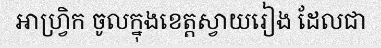
អាហ្វ្រិក ចូលក្នុងខេត្តស្វាយរៀង ដែលជា